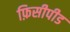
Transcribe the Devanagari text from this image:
फ़िसीपीड